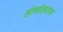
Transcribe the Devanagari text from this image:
होशोहवास